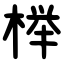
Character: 榉